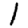
Digit: 1